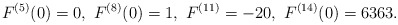
\begin{align*}F^{(5)}(0)=0,\ F^{(8)}(0)=1,\ F^{(11)}=-20,\ F^{(14)}(0)=6363.\end{align*}